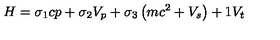
H = \sigma _ { 1 } c p + \sigma _ { 2 } V _ { p } + \sigma _ { 3 } \left( m c ^ { 2 } + V _ { s } \right) + 1 V _ { t }